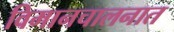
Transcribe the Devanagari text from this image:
विमानचालनात